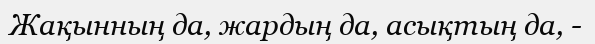
Жақынның да, жардың да, асықтың да, -